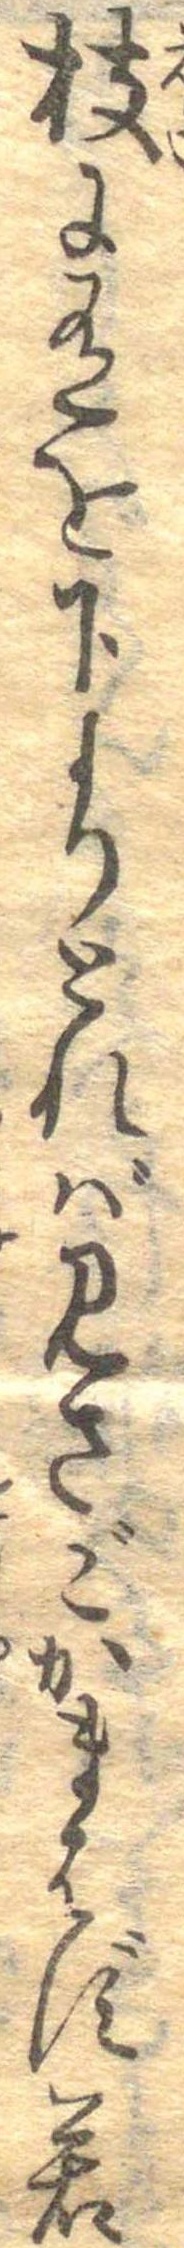
枝に有を下よりとればみさごかまはず若